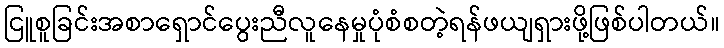
ငြူစူခြင်းအစာရှောင်ပွေးညီလူနေမှုပုံစံစတဲ့ရန်ဖယျရှားဖို့ဖြစ်ပါတယ်။